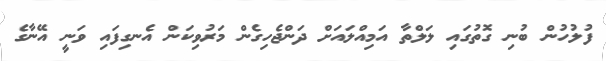
ފުލުހުން ބުނި ގޮތުގައި ލަލްތާ އަމިއްލައަށް ދަންޖެހިގެން މަރުވިކަން އެނގިފައި ވަނީ އޭނާގެ